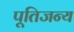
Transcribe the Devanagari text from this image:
पूतिजन्य